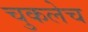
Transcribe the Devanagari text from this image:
चुकलेच